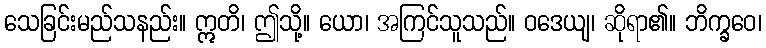
သေခြင်းမည်သနည်း။ ဣတိ၊ ဤသို့။ ယော၊ အကြင်သူသည်။ ဝဒေယျ၊ ဆိုရာ၏။ ဘိက္ခဝေ၊